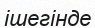
ішегінде